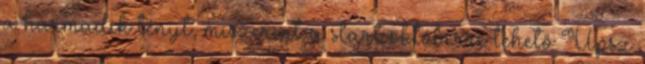
a harmadik tényt, miszerint a start októberre tehető Upsz